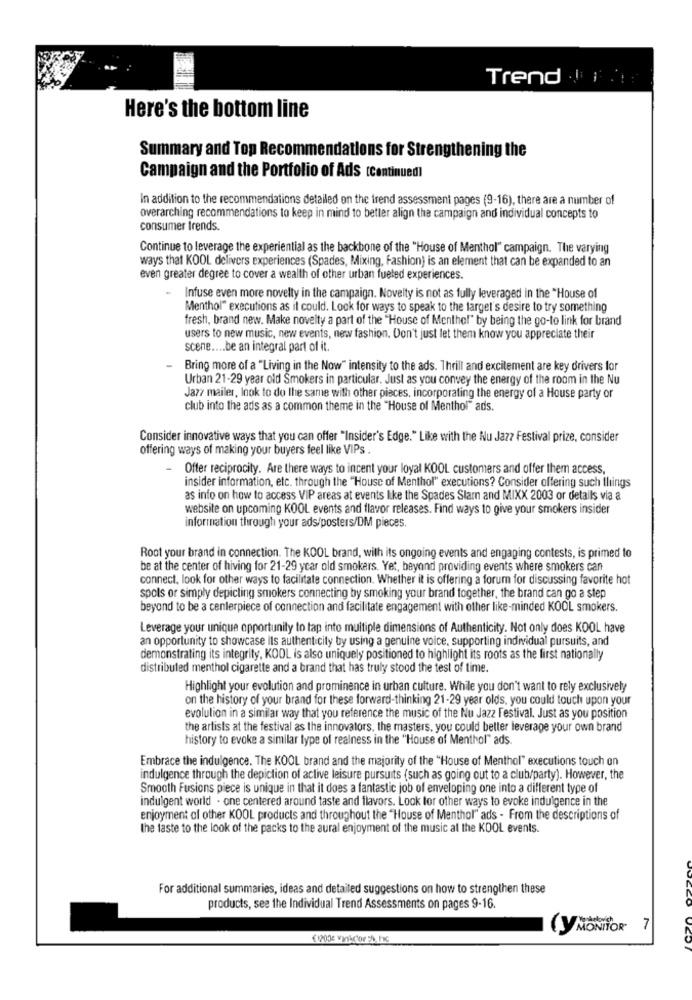
Trend !!
Here's the bottom line
Summary and Top Recommendations for Strengthening the
Campaign and the Portfolio of Ads (Continuedl
In addition to the recommendations detailed on the trend assessment pages (9-16), there are a number of
overarching recommendations to keep in mind to better align the campaign and individual concepts to
consumer trends.
Continue to leverage the experiential as the backbone of the "House of Menthol" campaign. The varying
ways that KOOL delivers experiences (Spades, Mixing, Fashion) is an element that can be expanded to an
even greater degree to cover a wealth of other urban fueled experiences.
- Infuse even more novelty in the campaign. Novelty is not as fully leveraged in the "House of
Menthol" executions as it could. Look for ways to speak to the target's desire to try something
fresh, brand new. Make novelty a part of the "House of Menthol" by being the go-to link for brand
users to new music, new events, new fashion. Don't just let them know you appreciate their
scene .... be an integral part of it.
- Bring more of a "Living in the Now" intensity to the ads. Thrill and excitement are key drivers for
Urban 21-29 year old Smokers in particular. Just as you convey the energy of the room in the Nu
Jazz mailer, look to do the same with other pieces, incorporating the energy of a House party or
club into the ads as a common theme in the "House of Menthol" ads.
Consider innovative ways that you can offer "Insider's Edge." Like with the Nu Jazz Festival prize, consider
offering ways of making your buyers feel like VIPs .
Offer reciprocity. Are there ways to incent your loyal KOOL customers and offer them access,
insider information, etc. through the "House of Menthol" executions? Consider offering such things
as info on how to access VIP areas at events like the Spades Slam and MIXX 2003 or details via a
website on upcoming KOOL events and flavor releases. Find ways to give your smokers insider
information through your ads/posters/DM pieces.
Root your brand in connection. The KOOL brand, with its ongoing events and engaging contests, is primed to
be at the center of hiving for 21-29 year old smokers. Yet, beyond providing events where smokers can
connect, look for other ways to facilitate connection. Whether it is offering a forum for discussing favorite hot
spols or simply depicting smokers connecting by smoking your brand together, the brand can go a step
beyond to be a centerpiece of connection and facilitate engagement with other like-minded KOOL smokers.
Leverage your unique opportunity to tap into multiple dimensions of Authenticity. Not only does KOOL have
an opportunity to showcase its authenticity by using a genuine voice, supporting individual pursuits, and
demonstrating its integrity, KOOL is also uniquely positioned to highlight its roots as the first nationally
distributed menthol cigarette and a brand that has truly stood the test of time.
Highlight your evolution and prominence in urban culture. While you don't want to rely exclusively
on the history of your brand for these forward-thinking 21-29 year olds, you could touch upon your
evolution in a similar way that you reference the music of the Nu Jazz Festival. Just as you position
the artists at the festival as the innovators, the masters, you could better leverage your own brand
history to evoke a similar type of realness in the "House of Menthol" ads
Embrace the indulgence. The KOOL brand and the majority of the "House of Menthol" executions touch on
indulgence through the depiction of active leisure pursuits (such as going out to a club/party). However, the
Smooth Fusions piece is unique in that it does a fantastic job of enveloping one into a different type of
indulgent world . one centered around taste and flavors. Look for other ways to evoke indulgence in the
enjoyment of other KOOL products and throughout the "House of Menthol" ads - From the descriptions of
the faste to the look of the packs to the aural enjoyment of the music at the KOOL events.
For additional summaries, ideas and detailed suggestions on how to strengthen these
products, see the Individual Trend Assessments on pages 9-16.
(y MONITOR 7